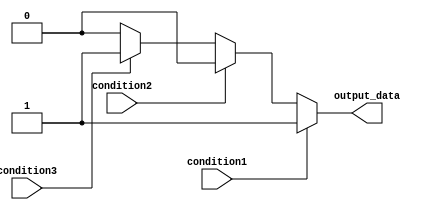
module if_else_statement (
    input wire condition1,
    input wire condition2,
    input wire condition3,
    output reg output_data
);

always @(*) begin
    if (condition1) begin
        output_data = 1;
    end
    else if (condition2) begin
        output_data = 2;
    end
    else if (condition3) begin
        output_data = 3;
    end
    else begin
        output_data = 0; // Default action if none of the conditions are true
    end
end

endmodule